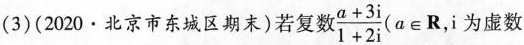
(3)(2020·北京市东城区期末)若复数\frac{a+3i}{1+2i}($$a\in R$$，i为虚数